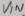
Text: VIN